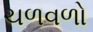
ચળવળો